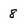
Character: 8